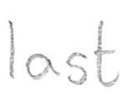
Text: last
Cross-out: clean
Writing tool: pencil